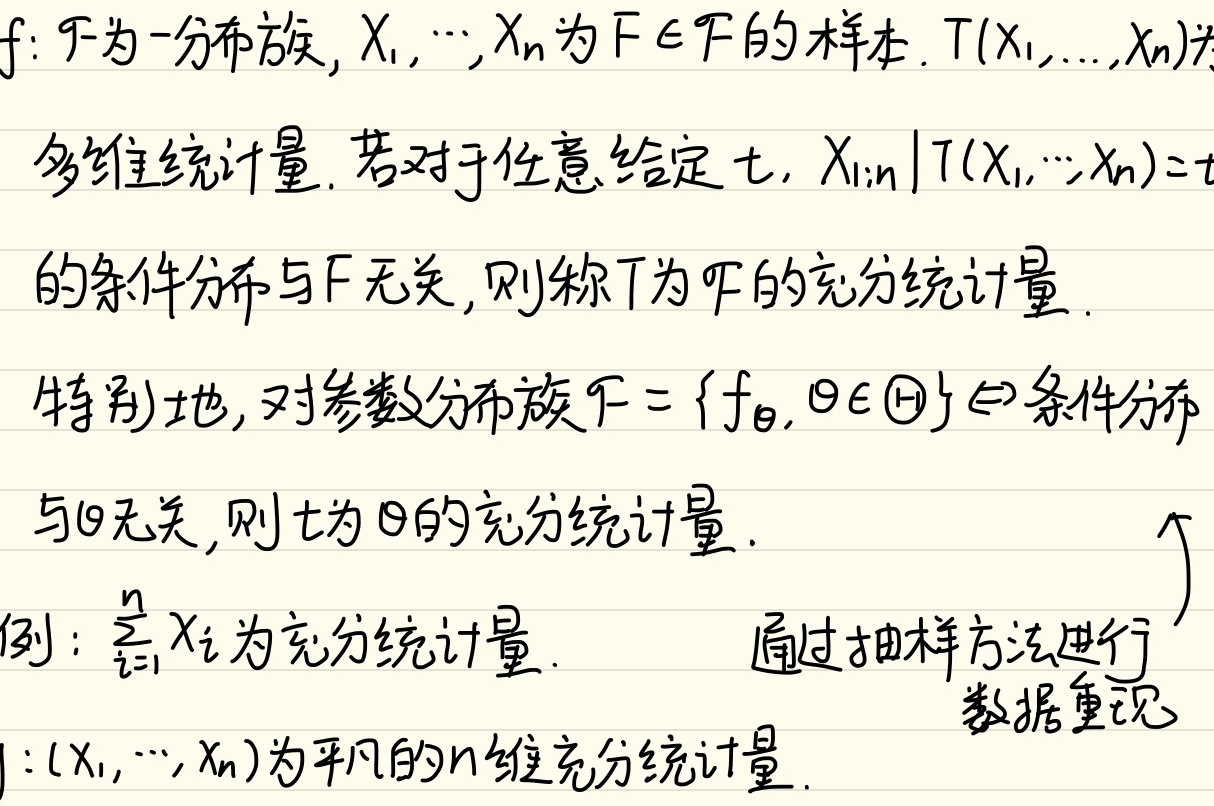
设\(f\)：\(\mathcal{F}\)为一分布族，\(X_{1},\cdots,X_{n}\)为 \(F\in\mathcal{F}\)的样本。\(T(X_{1},\ldots,X_{n})\)为多维统计量。若对于任意给定 \(t\)，\(X_{1:n}|T(X_{1},\cdots,X_{n}) = t\)的条件分布与\(F\)无关，则称\(T\)为\(\mathcal{F}\)的充分统计量。特别地，对参数分布族\(\mathcal{F}=\{f_{\theta},\theta\in\Theta\}\Leftrightarrow\)条件分布与\(\theta\)无关，则\(t\)为\(\theta\)的充分统计量。

例：\(\sum_{i = 1}^{n}X_{i}\)为充分统计量。

通过抽样方法进行数据重现。

例：\((X_{1},\cdots,X_{n})\)为平凡的\(n\)维充分统计量。